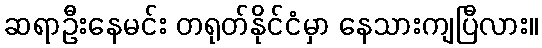
ဆရာဦးနေမင်း တရုတ်နိုင်ငံမှာ နေသားကျပြီလား။